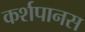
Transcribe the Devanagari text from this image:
कर्शपानस